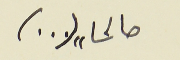
صالحا " (...)